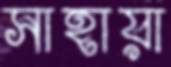
সাহায়া